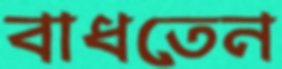
বাধতেন